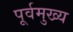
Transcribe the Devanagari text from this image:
पूर्वमुख्य